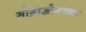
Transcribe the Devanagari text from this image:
सोब्राओनच्या